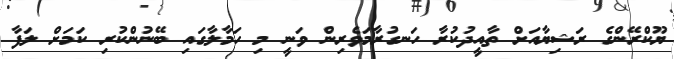
ޔޫކްރޭންގެ ރަޝިޔާއަށް ތާއީދުކުރާ ހަނގުރާމަވެރިން ވަނީ މި ހަމާލާގައި ބޭނުންކުރި ކަމަށް ލަފާ